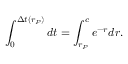
\int _ { 0 } ^ { \Delta t ( r _ { P } ) } d t = \int _ { r _ { P } } ^ { c } e ^ { - r } d r .